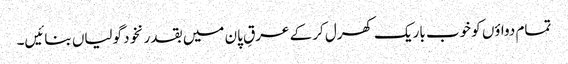
تمام دواؤں کو خوب باریک کھرل کر کے عرقِ پان میں بقدر نخود گولیاں بنائیں۔